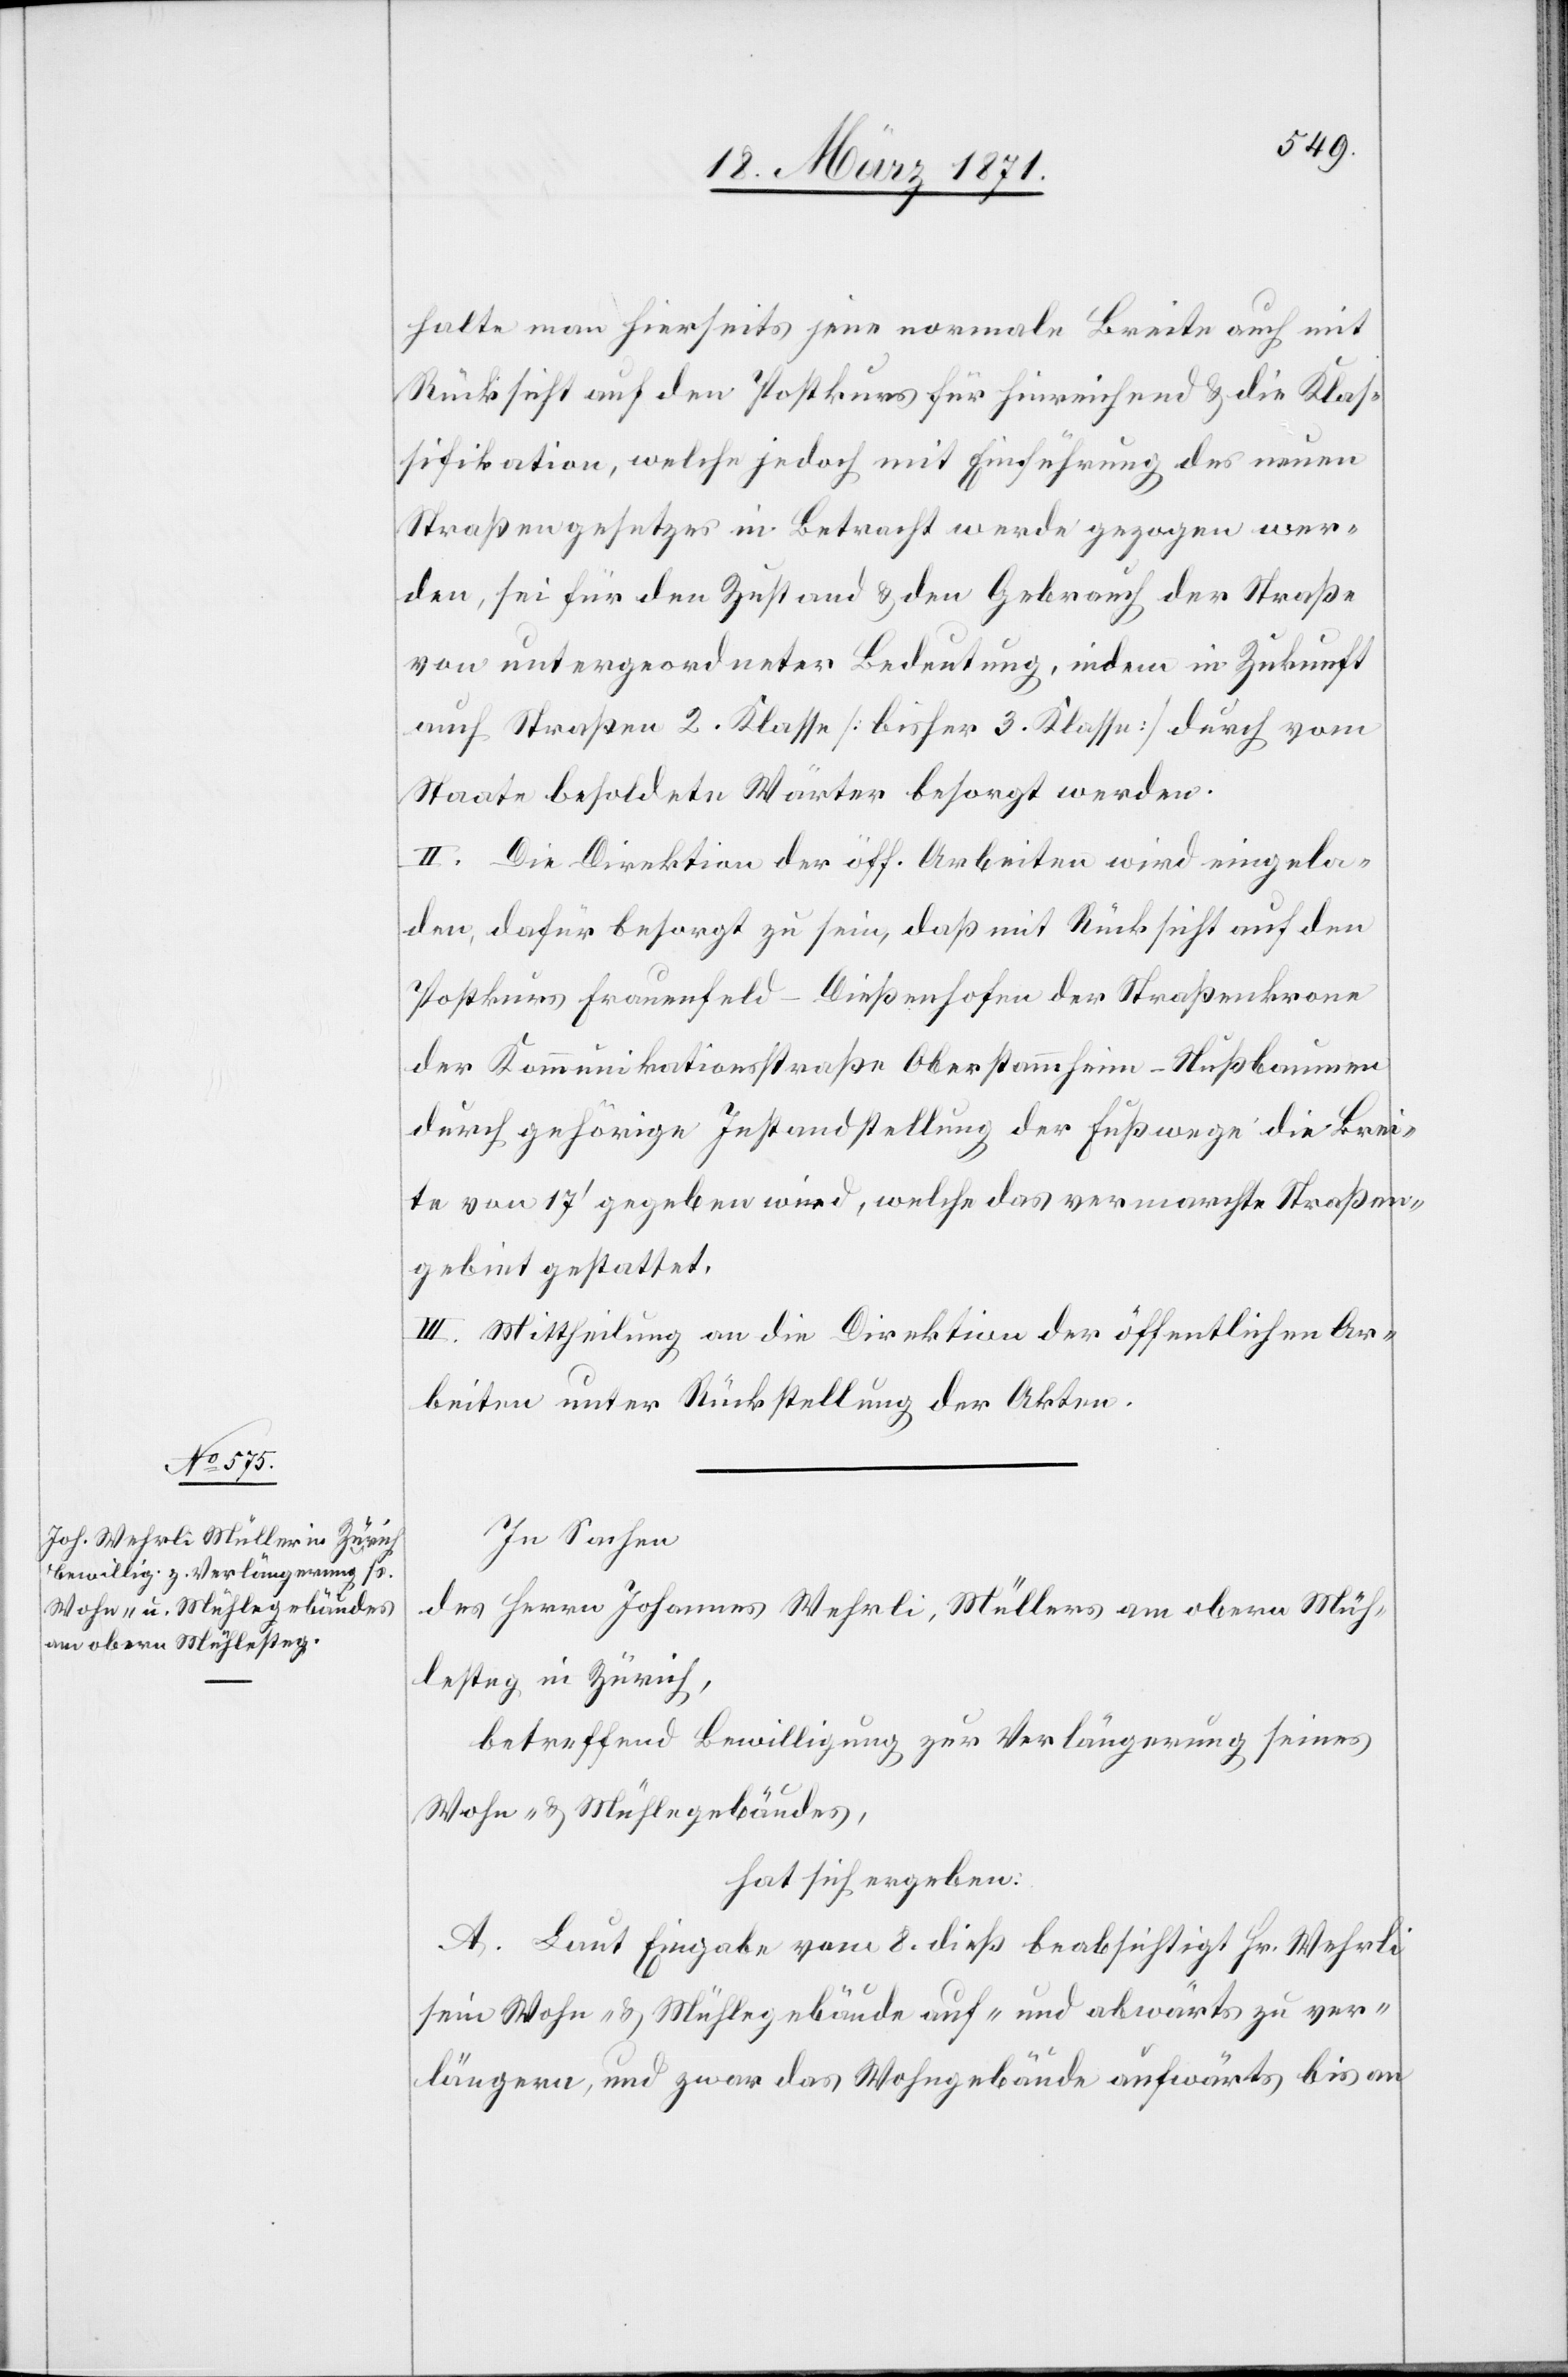
halte man hierseits jene normale Breite auch mit
Rücksicht auf den Postkurs für hinreichend u. die Klas¬
sifikation, welche jedoch mit Einführung des neuen
Straßengesetzes in Betracht werde gezogen wer¬
den, sei für den Zustand u. den Gebrauch der Straße
von untergeordneter Bedeutung, indem in Zukunft
auf Straßen 2. Klasse [bisher 3. Klasse] durch vom
Staate besoldete Wärter besorgt werden.
II. Die Direktion der öff. Arbeiten wird eingela¬
den, dafür besorgt zu sein, daß mit Rücksicht auf den
Postkurs Frauenfeld-Dießenhofen der Straßenkrone
der Kommunikationsstraße Oberstammheim-Nußbaumen
durch gehörige Instandstellung der Fußwege die Brei¬
te von 17‘ gegeben wird, welche das vermarchte Straßen¬
gebiet gestattet.
III. Mittheilung an die Direktion der öff. Arbeiten unter
In Sachen
des Herrn Johannes Wehrli, Müllers am obern Müh¬
lesteg in Zürich,
betreffend Bewilligung zur Verlängerung seines
Wohn- u. Mühlegebäudes,
hat sich ergeben:
A. Laut Eingabe vom 8. dieß beabsichtigt Hr. Wehrli
sein Wohn- u. Mühlegebäude auf- und abwärts zu ver¬
längern, und zwar das Wohngebäude aufwärts bis an